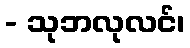
- သုဘလုလင်၊